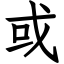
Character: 或